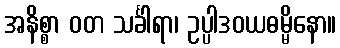
အနိစ္စာ ဝတ သင်္ခါရာ၊ ဥပ္ပါဒဝယဓမ္မိနော။